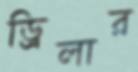
ড্রিলার